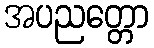
အပညတ္တော